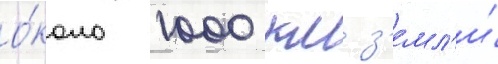
о́коло 1000 км з'емл'и́